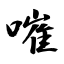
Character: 嗺